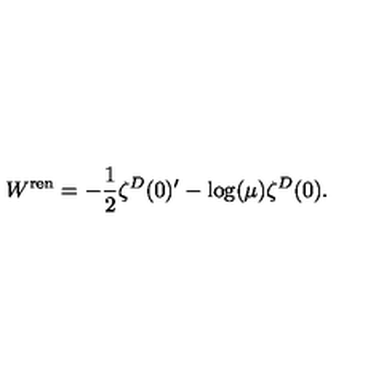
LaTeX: W ^ { \mathrm { \scriptsize r e n } } = - \frac 1 2 \zeta ^ { D } ( 0 ) ^ { \prime } - \log ( \mu ) \zeta ^ { D } ( 0 ) .